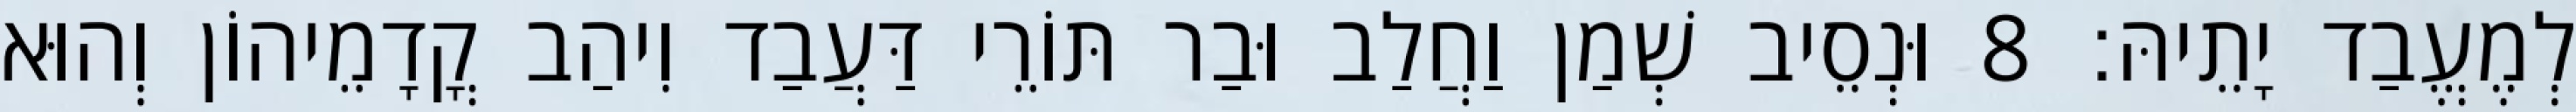
לְמֶעֱבַד יָתֵיהּ׃ 8 וּנְסֵיב שְׁמַן וַחֲלַב וּבַר תּוֹרֵי דַּעֲבַד וִיהַב קֳדָמֵיהוֹן וְהוּא